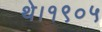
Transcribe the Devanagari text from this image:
थे।१९०५